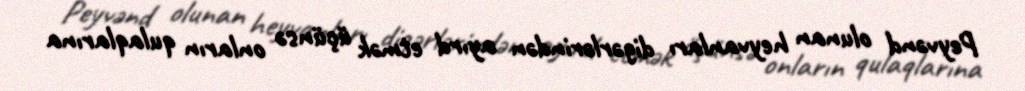
Peyvənd olunan heyvanları digərlərindən ayırd etmək üçünsə onların qulaqlarına